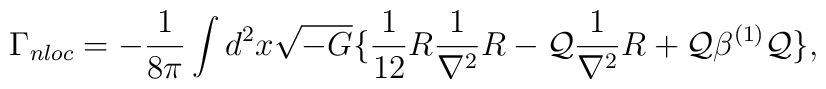
\Gamma_{nloc} = -{1 \over 8 \pi} \int d^2 x \sqrt{-G}    \big \{ { 1 \over 12} R {1 \over \nabla^2} R -  {\cal Q} {1 \over \nabla^2} R            + {\cal Q} \beta^{(1)} {\cal Q} \big \},